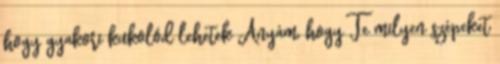
hogy gyakori kukolód lehetek Anyám, hogy Te milyen szépeket